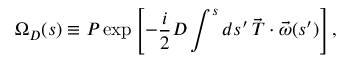
\Omega _ { D } ( s ) \equiv { \cal P } \exp \left[ - \frac { i } { 2 } D \int ^ { s } d s ^ { \prime } \, \vec { T } \cdot \vec { \omega } ( s ^ { \prime } ) \right] ,